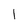
Character: l